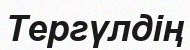
Тергүлдің